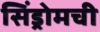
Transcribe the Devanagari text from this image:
सिंड्रोमची